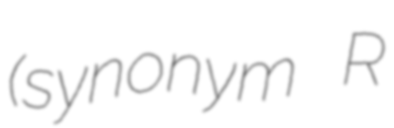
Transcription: (synonym R